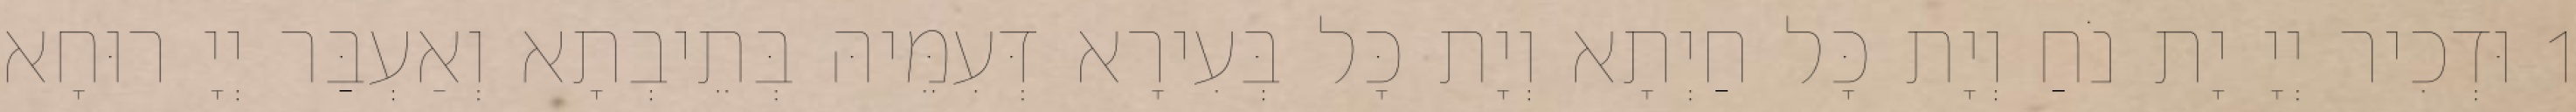
1 וּדְכִיר יְיָ יָת נֹחַ וְיָת כָּל חַיְתָא וְיָת כָּל בְּעִירָא דְּעִמֵּיהּ בְּתֵיבְתָא וְאַעְבַּר יְיָ רוּחָא